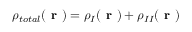
\rho _ { t o t a l } ( \textbf { r } ) = \rho _ { I } ( \textbf { r } ) + \rho _ { I I } ( \textbf { r } )